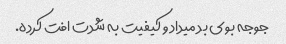
جوجه بوی بد میداد و کیفیت به شدت افت کرده.